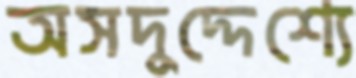
অসদুদ্দেশ্যে